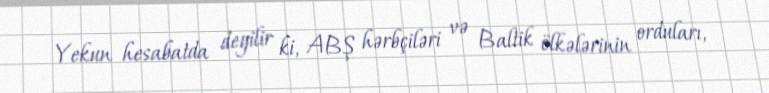
Yekun hesabatda deyilir ki, ABŞ hərbçiləri və Baltik ölkələrinin orduları,